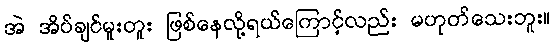
အဲ အိပ်ချင်မူးတူး ဖြစ်နေလို့ရယ်ကြောင့်လည်း မဟုတ်သေးဘူး။